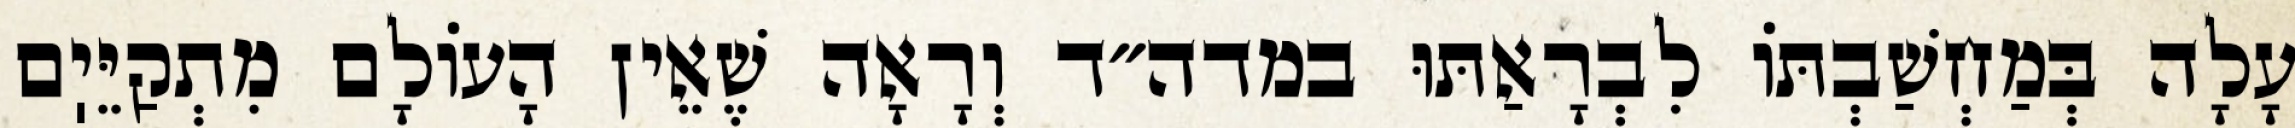
עָלָה בְּמַחְשַׁבְתּוֹ לִבְרָאַתּוּ במדה״ד וְרָאָה שֶׁאֵין הָעוֹלָם מִתְקַיֵּיֽם